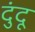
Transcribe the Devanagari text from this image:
दुंदू